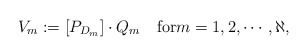
\begin{align*}V_m:=[P_{D_m}]\cdot Q_m \quad\mbox{for} m=1, 2, \cdots, \aleph,\end{align*}